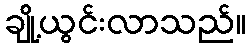
ချို့ယွင်းလာသည်။